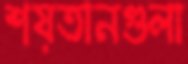
শয়তানগুলা